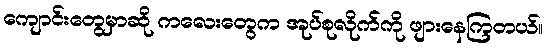
ကျောင်းတွေမှာဆို ကလေးတွေက အုပ်စုလိုက်ကို ဖျားနေကြတယ်။